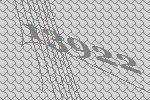
13922